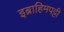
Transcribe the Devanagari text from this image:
इब्राहिमपट्टी